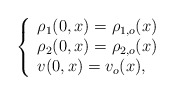
\begin{align*} \left\{ \begin{array}{l} \rho_1(0, x) = \rho_{1,o}(x) \\ \rho_2(0, x) = \rho_{2,o}(x) \\ v(0, x) = v_o(x), \end{array} \right.\end{align*}